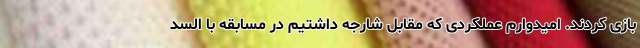
بازی کردند. امیدوارم عملکردی که مقابل شارجه داشتیم در مسابقه با السد